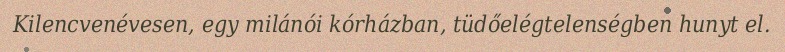
Kilencvenévesen, egy milánói kórházban, tüdőelégtelenségben hunyt el.